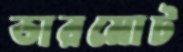
ডারমোট